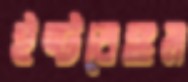
ইষ্টবেঙ্গল